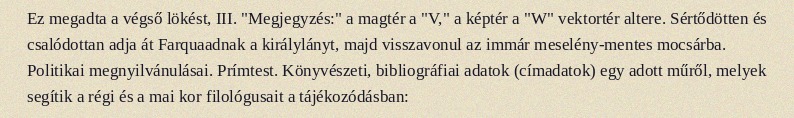
Ez megadta a végső lökést, III. "Megjegyzés:" a magtér a "V," a képtér a "W" vektortér altere. Sértődötten és csalódottan adja át Farquaadnak a királylányt, majd visszavonul az immár meselény-mentes mocsárba. Politikai megnyilvánulásai. Prímtest. Könyvészeti, bibliográfiai adatok (címadatok) egy adott műről, melyek segítik a régi és a mai kor filológusait a tájékozódásban: